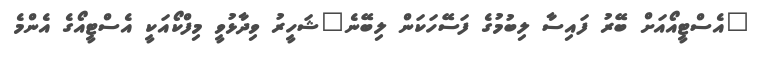
"އެސްޓީއޯއަށް ބޭރު ފައިސާ ލިބުމުގެ ފަސޭހަކަން ލިބޭނެ"ޝަހީރު ވިދާޅުވީ މިފްކޯއަކީ އެސްޓީއޯގެ އެންމެ